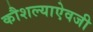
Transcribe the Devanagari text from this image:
कौशल्याऐवजी